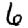
Digit: 6